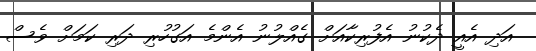
އަދި އެއީ ދެކުނު އެފުރިކާއަށް ގެއްލުނު އެންމެ އަގުހުރި ދަރި ކަމަށް ވެސް